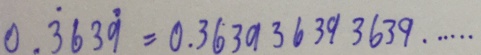
0 . \dot { 3 } 6 3 \dot { 9 } = 0 . 3 6 3 9 3 6 3 9 3 6 3 9 \cdots